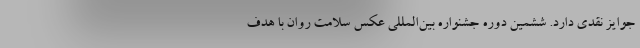
جوایز نقدی دارد. ششمین دوره جشنواره بین‌المللی عکس سلامت روان با هدف